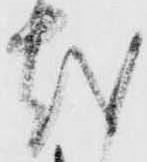
越